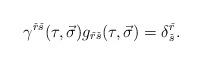
LaTeX: \begin{align*}\gamma^{\check{r}\check{s}}(\tau,\vec{\sigma})g_{\check{r}\check{s}}(\tau,\vec{\sigma})=\delta^{\check{r}}_{\check{s}}. \end{align*}